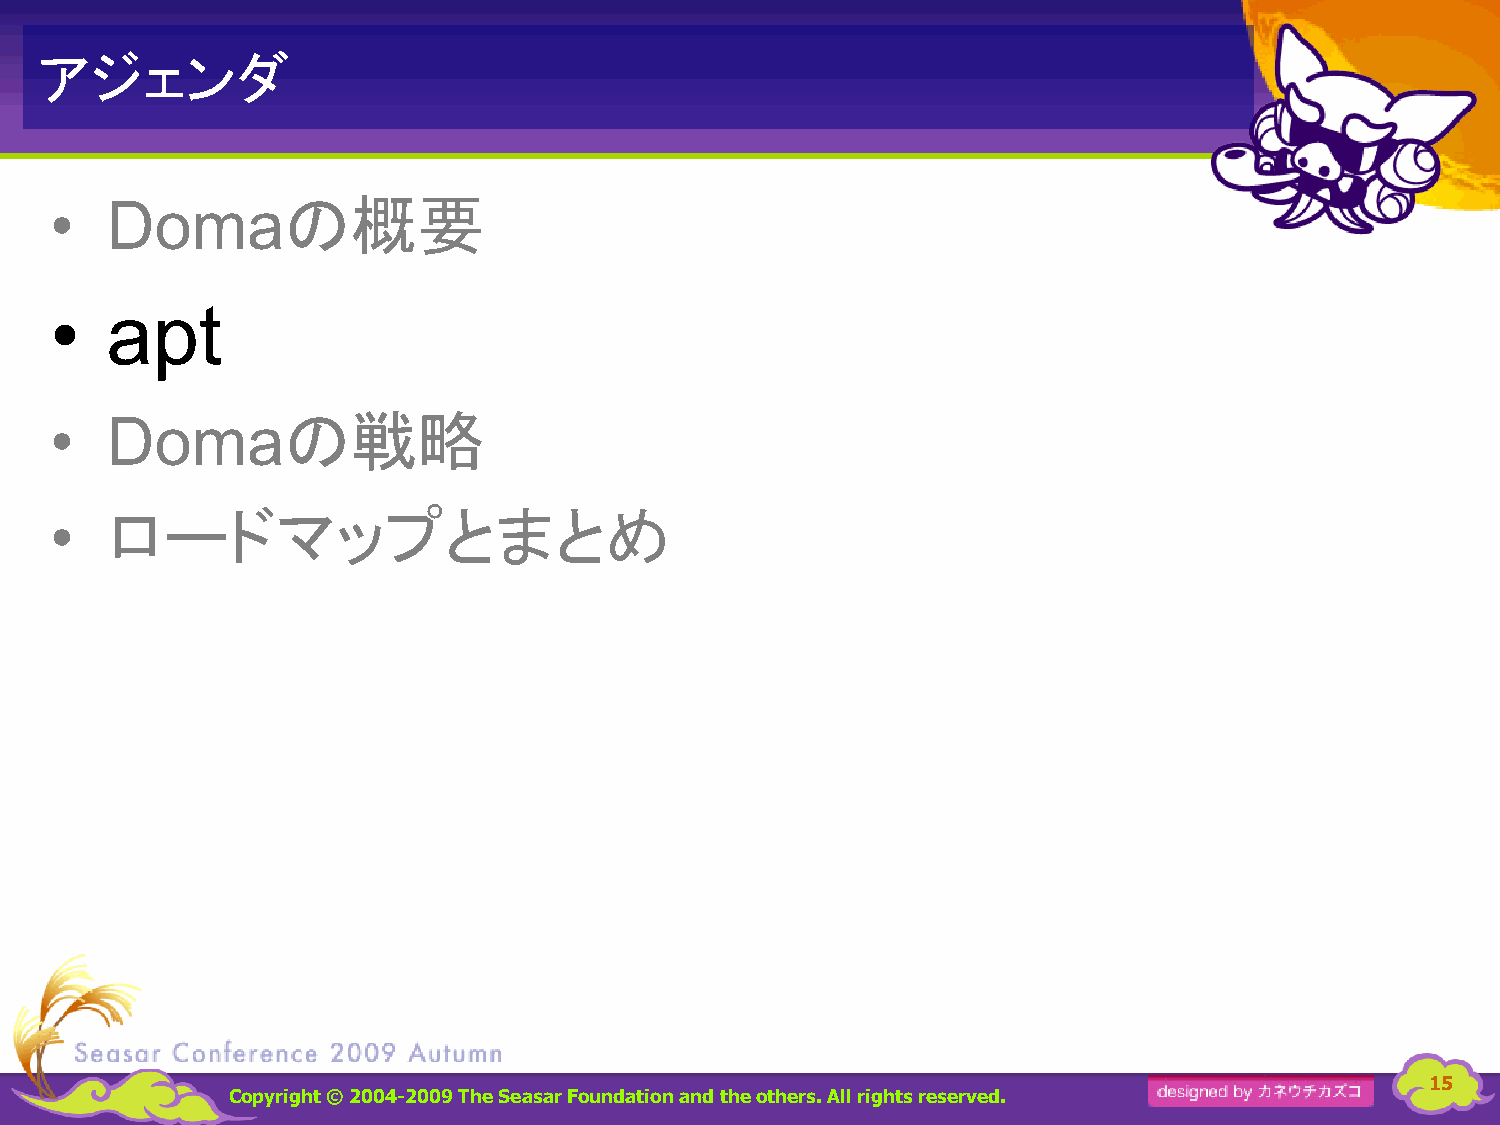
アジェンダ
 の概要
 •   Doma
 •   apt
 の戦略
 •   Doma
 ロードマップとまとめ
 •
 15
 Copyright © 2004-2009 The Seasar Foundationand the others. All rights reserved.